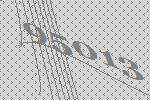
95013